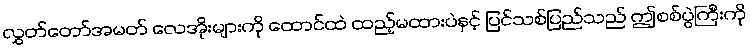
လွှတ်တော်အမတ် လေအိုးများကို ထောင်ထဲ ထည့်မထားပဲနှင့် ပြင်သစ်ပြည်သည် ဤစစ်ပွဲကြီးကို